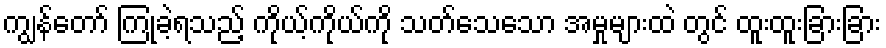
ကျွန်တော် ကြုံခဲ့ရသည့် ကိုယ့်ကိုယ်ကို သတ်သေသော အမှုများထဲ တွင် ထူးထူးခြားခြား